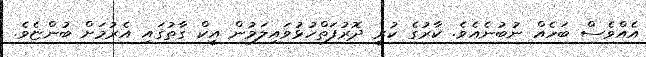
އެއްވެސް ބަހެއް ނުބުނެއެވެ. ކާރުގެ ކުރީ ދޮރުފަތްހުޅުވައިލަމުން އީކް ގާތުގައި އެރުމަށް ބުންޏެވެ.